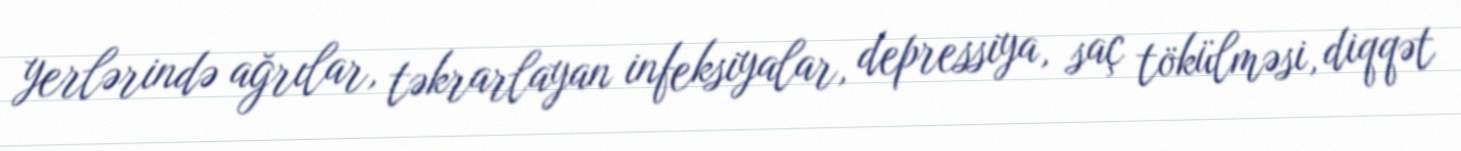
yerlərində ağrılar, təkrarlayan infeksiyalar, depressiya, saç tökülməsi, diqqət